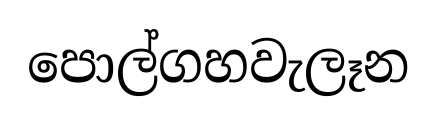
පොල්ගහවැලෑන